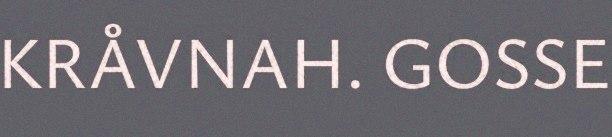
KRÅVNAH. GOSSE